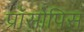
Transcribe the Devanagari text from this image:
प्रॉसोपिस